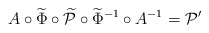
\begin{align*}A \circ \widetilde\Phi \circ \widetilde{\mathcal{P}} \circ \widetilde \Phi^{-1} \circ A^{-1}= \mathcal{P}' \end{align*}